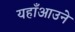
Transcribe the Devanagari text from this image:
यहाँआउने